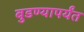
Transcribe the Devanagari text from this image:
बुडण्यापर्यंत